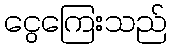
ငွေကြေးသည်